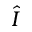
\hat { I }